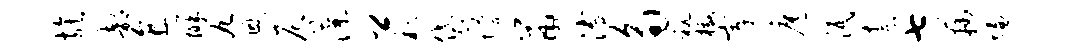
族部直辨九恩尼藻卿朽袋懵鼠溥角秘檄岸扈泯柰七藕慊